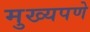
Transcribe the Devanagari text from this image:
मुख्यपणे